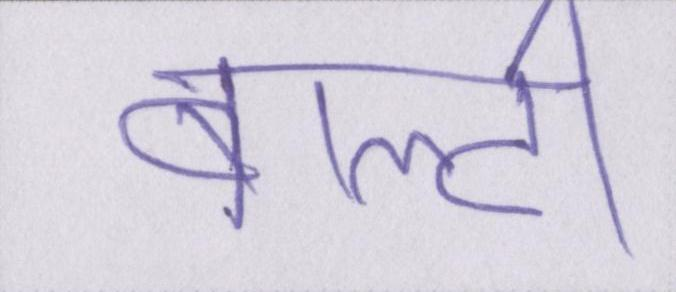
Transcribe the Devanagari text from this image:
बाल्टी